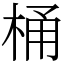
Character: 桶